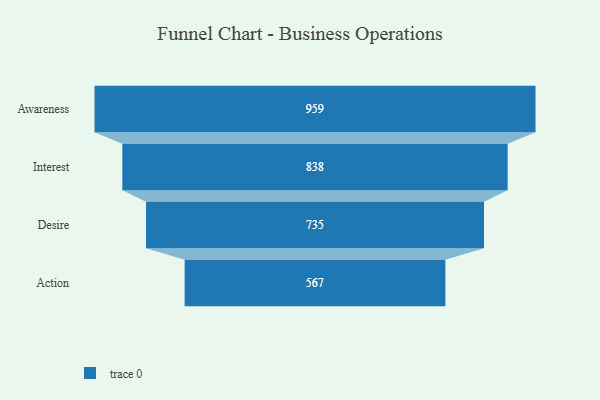
{"axis": {"x": "Stage", "y": "Value"}, "legend": [""], "data": [{"x": "Awareness", "y": 959.0, "type": ""}, {"x": "Interest", "y": 838.0, "type": ""}, {"x": "Desire", "y": 735.0, "type": ""}, {"x": "Action", "y": 567.0, "type": ""}]}